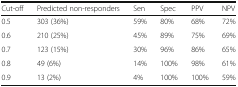
| Cut-off | Predicted non-responders | Sen | Spec | PPV | NPV |
 | --- | --- | --- | --- | --- | --- |
 | 0.5 | 303 (36%) | 59% | 80% | 68% | 72% |
 | 0.6 | 210 (25%) | 45% | 89% | 75% | 69% |
 | 0.7 | 123 (15%) | 30% | 96% | 86% | 65% |
 | 0.8 | 49 (6%) | 14% | 100% | 98% | 61% |
 | 0.9 | 13 (2%) | 4% | 100% | 100% | 59% |